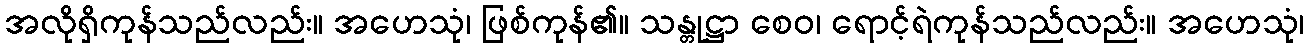
အလိုရှိကုန်သည်လည်း။ အဟေသုံ၊ ဖြစ်ကုန်၏။ သန္တုဋ္ဌာ စေဝ၊ ရောင့်ရဲကုန်သည်လည်း။ အဟေသုံ၊